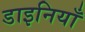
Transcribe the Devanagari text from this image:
डाइनियाँ